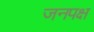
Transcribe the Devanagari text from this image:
जनपक्ष